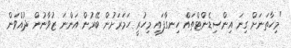
"މިހާތަނަށް ގިނަ އިންސިޑެންޓްތައް ހިނގާފައި މިހުރީ ހަމަރަށުން ބޭރުން އަންނަ ޒުވާނުން ދުއްވަން